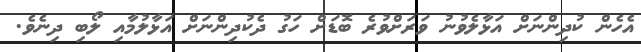
އެހެން ކުދިންނަށް އަޅާލެވުނު ވަރަށްވުރެ ބޮޑަށް ހަގު ދެކުދިންނަށް އަޅާލުމާއި ލޯބި ދިނެވެ.